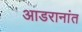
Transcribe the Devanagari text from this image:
आडरानांत